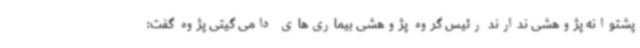
پشتوانه پژوهشی ندارند رئیس گروه پژوهشی بیماری‌های دامی گیتی پژوه گفت: